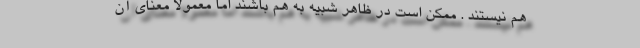
هم نیستند . ممکن است در ظاهر شبیه به هم باشند اما معمولاً معنای آن